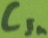
Text: CIn